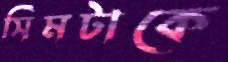
সিমটাকে